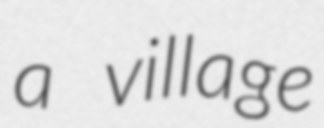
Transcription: a village